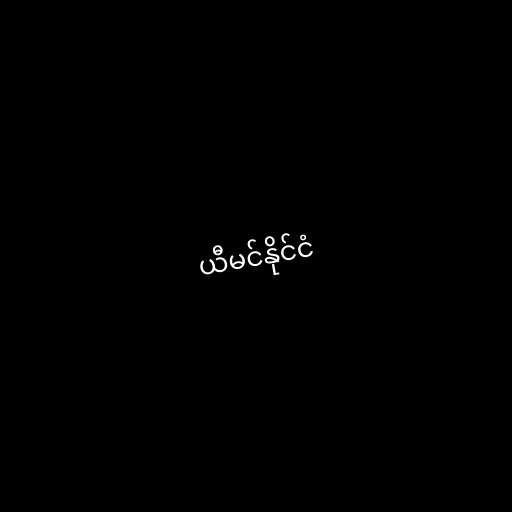
ယီမင်နိုင်ငံ